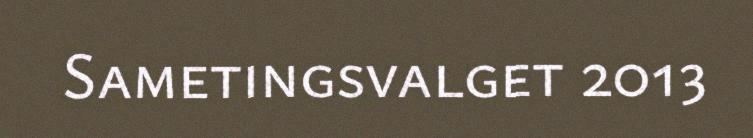
Sametingsvalget 2013